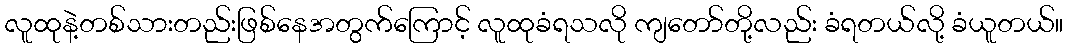
လူထုနဲ့တစ်သားတည်းဖြစ်နေအတွက်ကြောင့် လူထုခံရသလို ကျတော်တို့လည်း ခံရတယ်လို့ ခံယူတယ်။